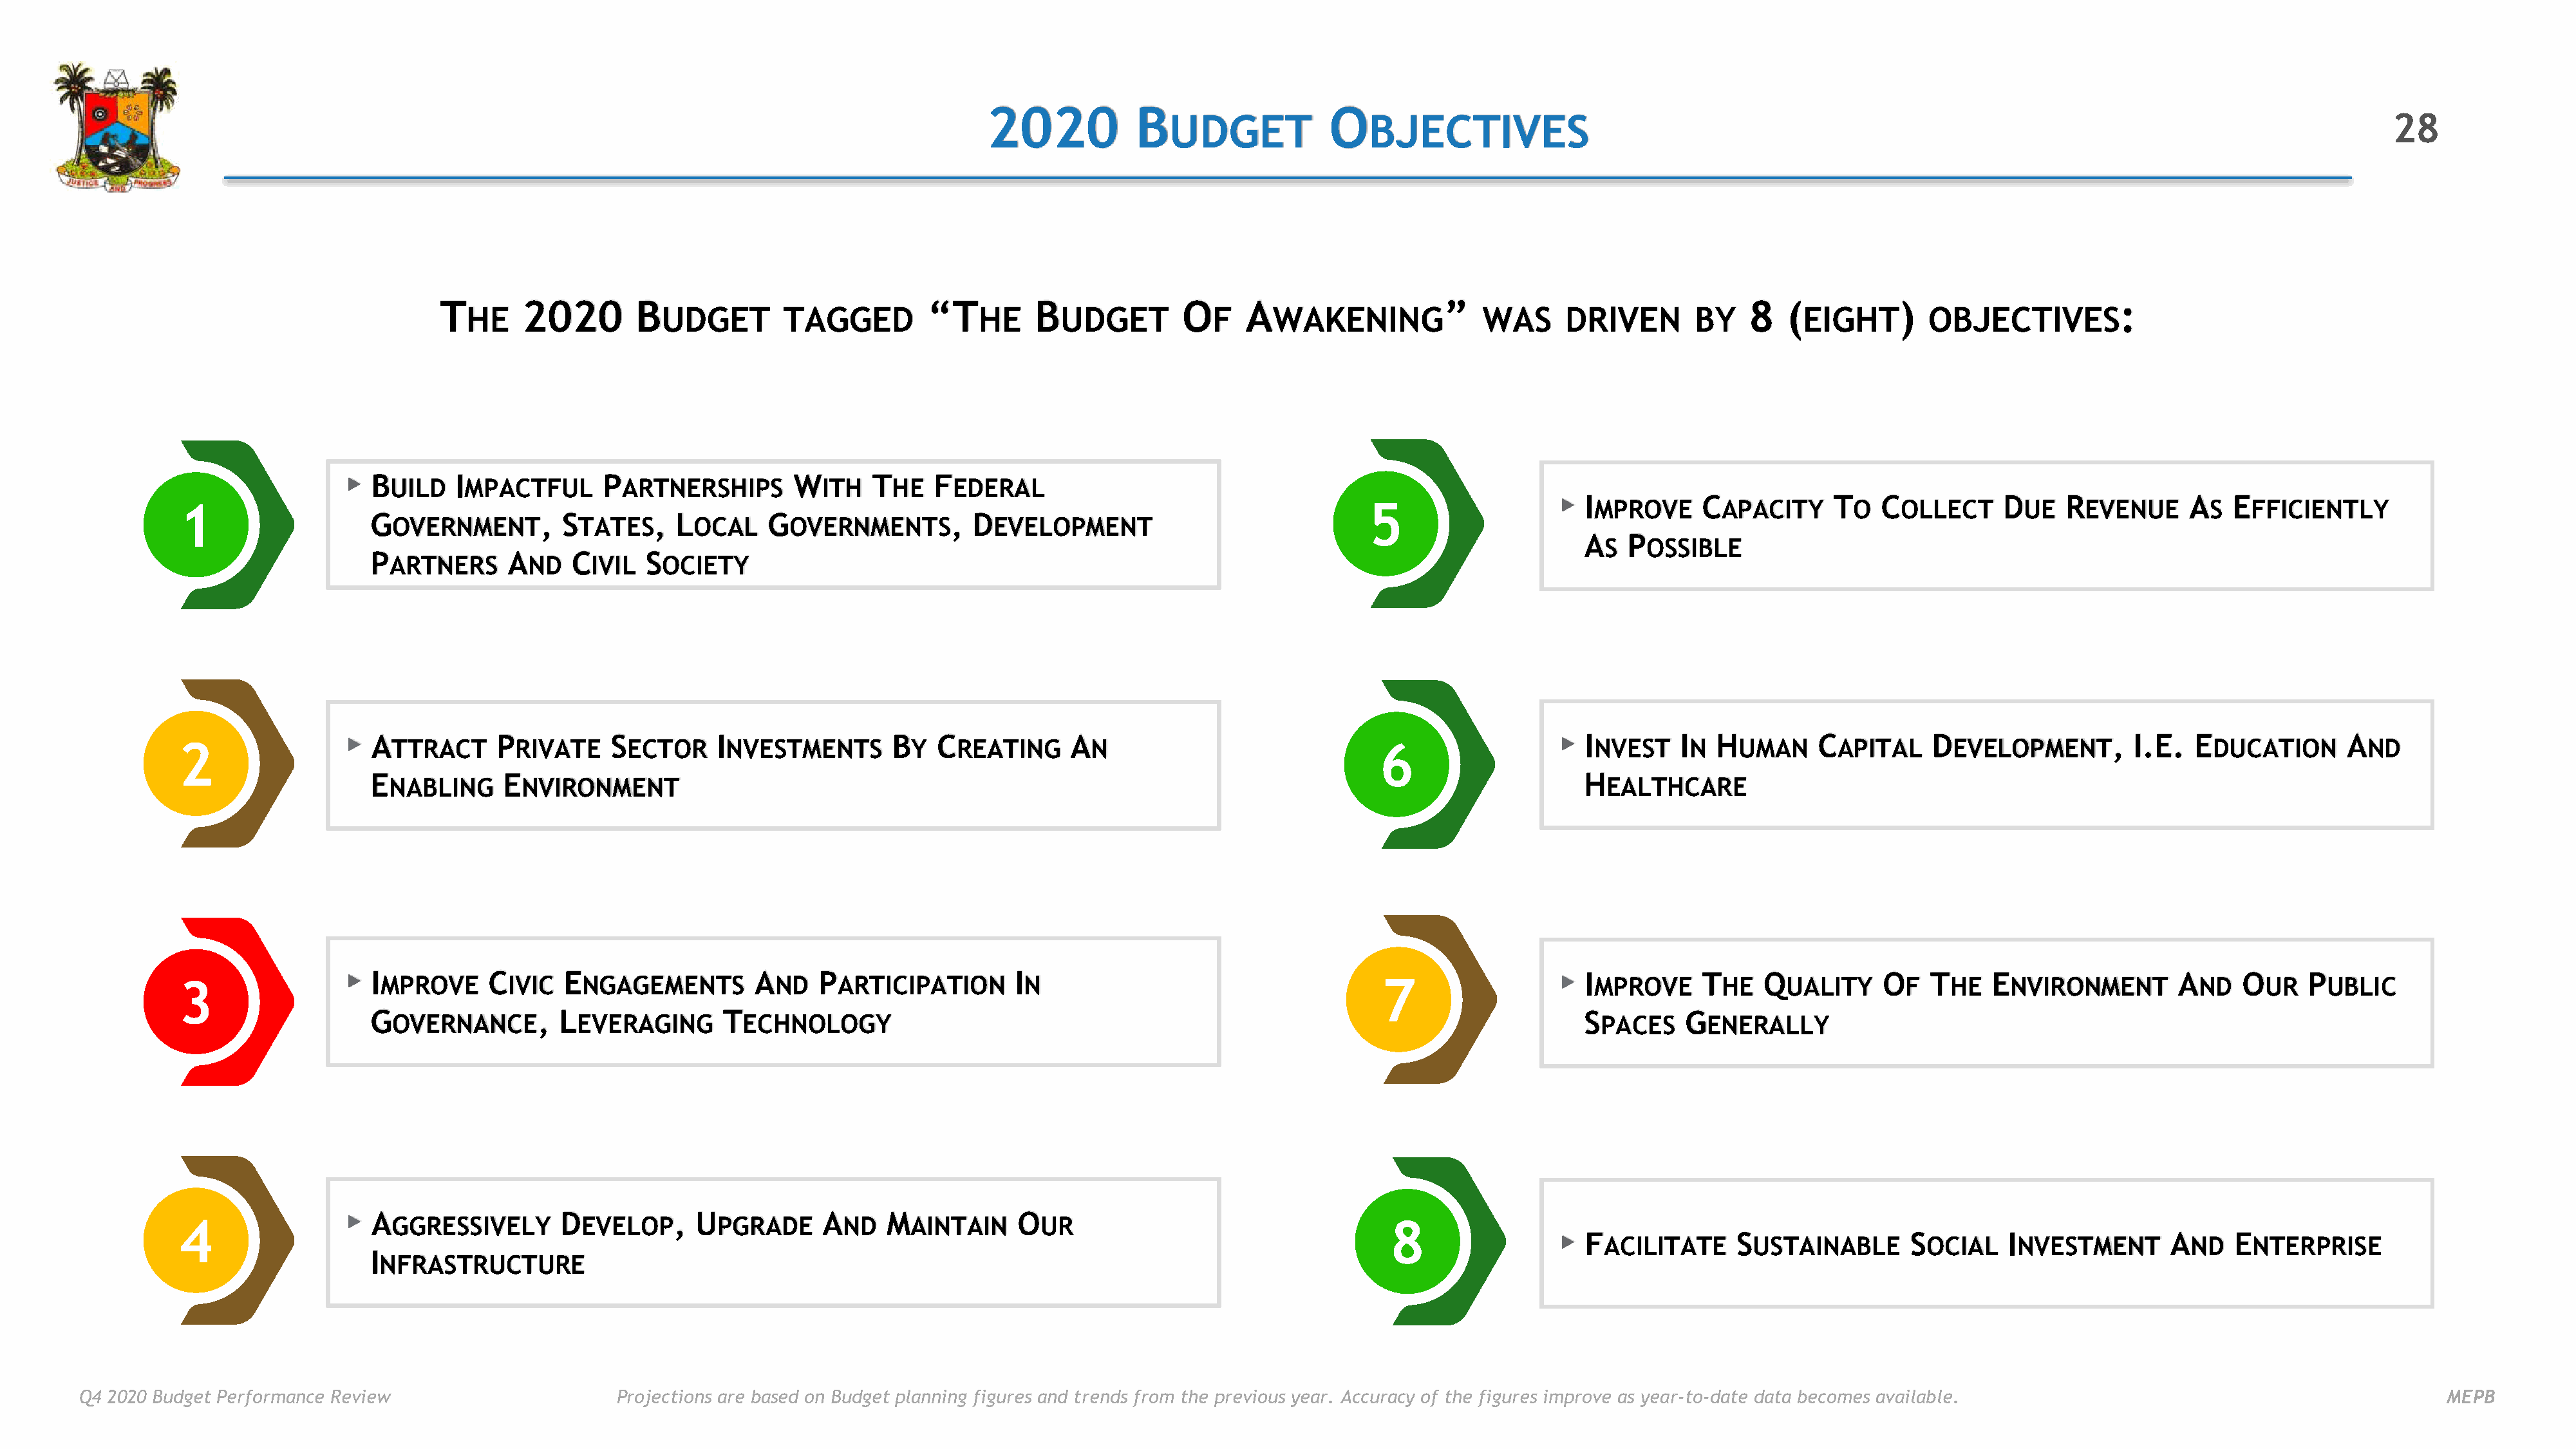
2020            B                   O
 UDGET                BJECTIVES                                                                                                28
 T        2020       B                             “T         B               O     A                   ”                               8   (          )                      :
 HE                  UDGET        TAGGED              HE      UDGET           F     WAKENING             WAS      DRIVEN       BY         EIGHT        OBJECTIVES
 ▸
 B        I              P                   W       T     F
 UILD    MPACTFUL        ARTNERSHIPS         ITH     HE    EDERAL
 ▸
 I           C            T    C            D     R            A    E
 1                                                                                                                          5                      MPROVE       APACITY       O   OLLECT       UE    EVENUE       S   FFICIENTLY
 G                 , S        , L         G                  , D
 OVERNMENT          TATES       OCAL      OVERNMENTS           EVELOPMENT
 A   P
 S   OSSIBLE
 P             A      C      S
 ARTNERS       ND     IVIL   OCIETY
 ▸                                                                                                                            ▸
 A            P           S          I                 B   C             A                                                    I         I  H          C           D                 , I.E.   E              A
 2                     TTRACT       RIVATE     ECTOR      NVESTMENTS         Y   REATING       N                             6                     NVEST     N    UMAN      APITAL      EVELOPMENT                DUCATION        ND
 E             E                                                                                                              H
 NABLING       NVIRONMENT                                                                                                     EALTHCARE
 3                ▸  I MPROVE    C IVIC  E NGAGEMENTS        A ND  P ARTICIPATION      I N                                   7                 ▸  I MPROVE    T HE  Q  UALITY    O F T HE   E NVIRONMENT       A ND   O UR  P UBLIC
 G OVERNANCE,       L EVERAGING      T ECHNOLOGY                                                                              S PACES   G ENERALLY
 ▸
 A                   D          , U             A     M             O
 4                     GGRESSIVELY         EVELOP        PGRADE       ND     AINTAIN      UR                                  8
 ▸
 F               S                S         I                A      E
 ACILITATE      USTAINABLE        OCIAL    NVESTMENT         ND     NTERPRISE
 I
 NFRASTRUCTURE
 Q4 2020 Budget Performance Review                      Projections are based on Budget planning figures and trends from the previous year. Accuracy of the figures improve as year-to-date data becomes available.                                  MEPB